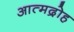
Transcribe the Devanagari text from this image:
आत्मद्रोह